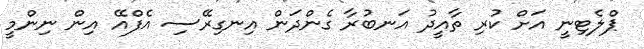
ޕްލެޓިނީ އަށް ކުރި ތާއީދު އަނބުރާ ގެންދަން އިނގިރޭސި އެފްއޭ އިން ނިންމީ